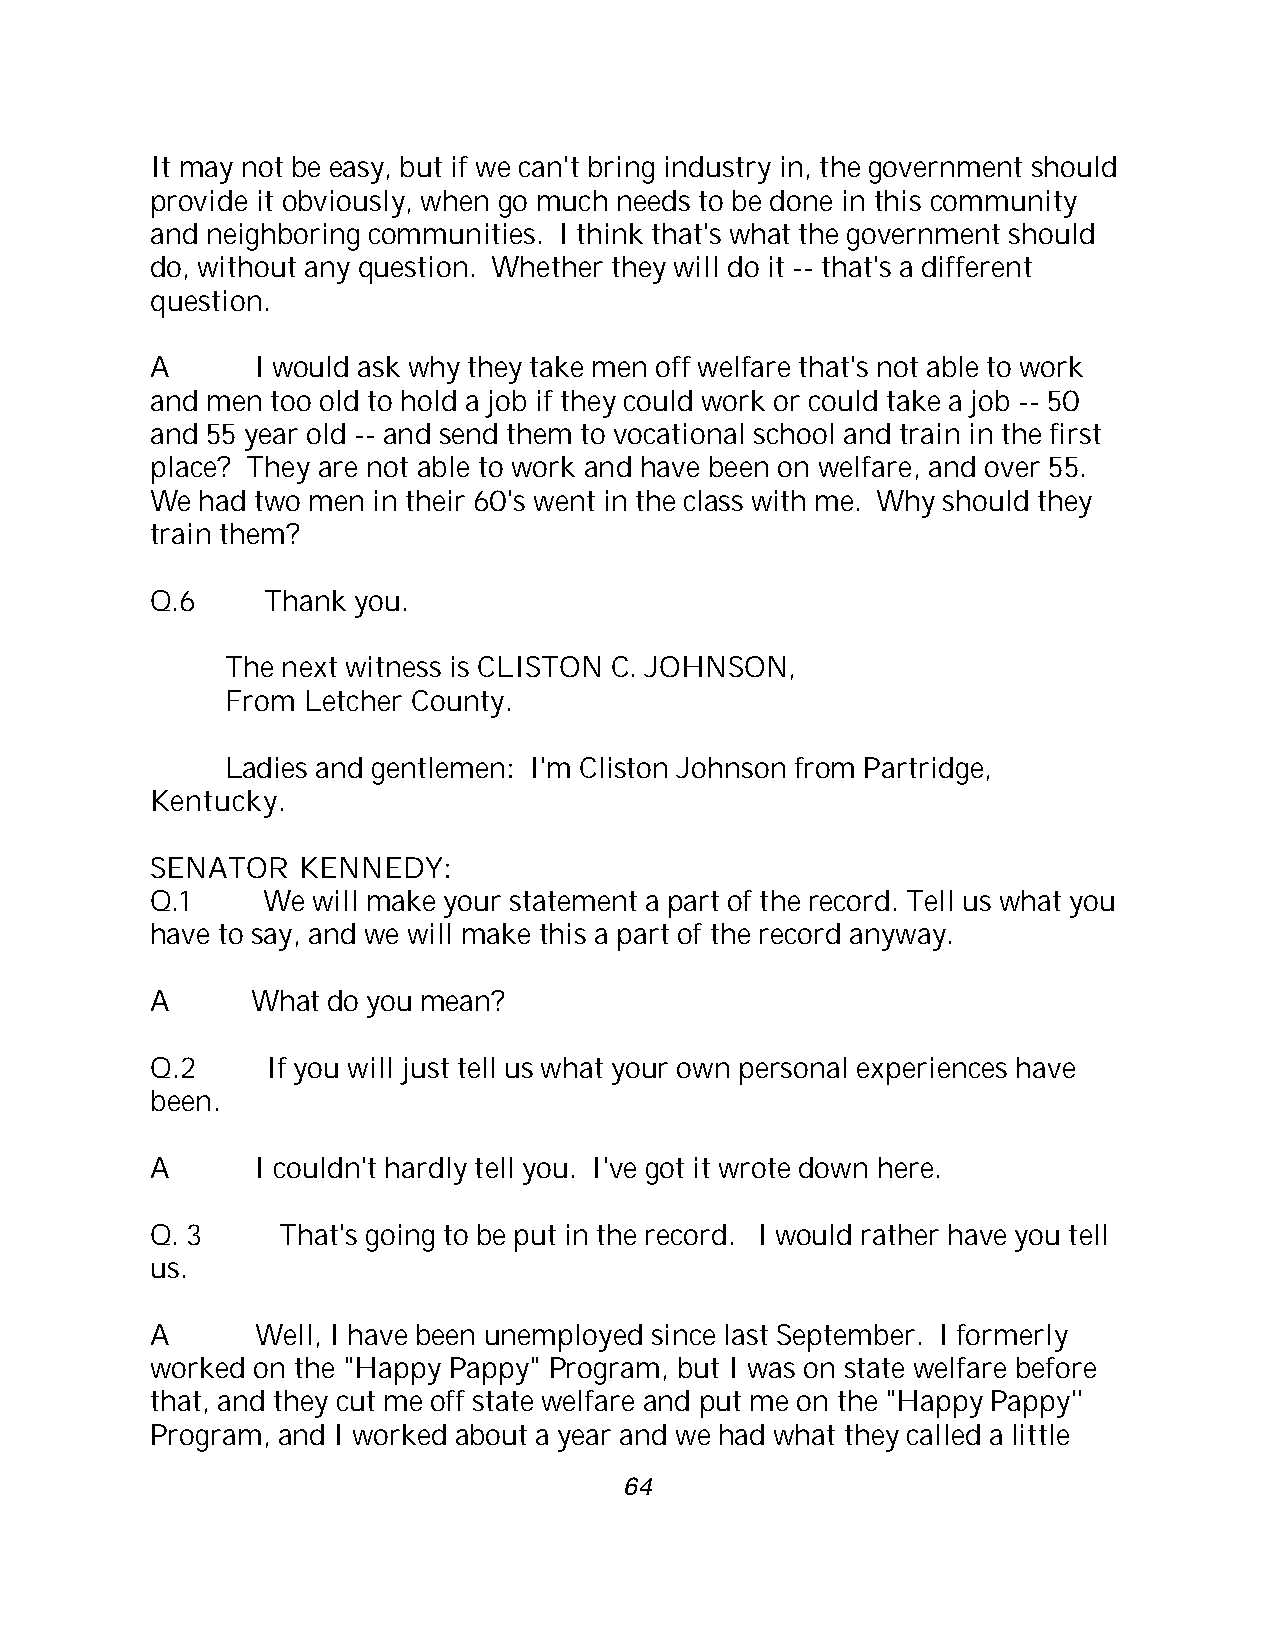
It may not be easy, but if we can't bring industry in, the government should
 provide it obviously, when go much needs to be done in this community
 and neighboring communities. I think that's what the government should
 do, without any question. Whether they will do it -- that's a different
 question.
 A      I would ask why they take men off welfare that's not able to work
 and men too old to hold a job if they could work or could take a job -- 50
 and 55 year old -- and send them to vocational school and train in the first
 place? They are not able to work and have been on welfare, and over 55.
 We had two men in their 60's went in the class with me. Why should they
 train them?
 Q.6     Thank you.
 The next witness is CLISTON C. JOHNSON,
 From Letcher County.
 Ladies and gentlemen: I'm Cliston Johnson from Partridge,
 Kentucky.
 SENATOR   KENNEDY:
 Q.1    We  will make your statement a part of the record. Tell us what you
 have to say, and we will make this a part of the record anyway.
 A      What do you mean?
 Q.2     If you will just tell us what your own personal experiences have
 been.
 A      I couldn't hardly tell you. I've got it wrote down here.
 Q. 3     That's going to be put in the record. I would rather have you tell
 us.
 A      Well, I have been unemployed since last September. I formerly
 worked on the "Happy Pappy" Program, but I was on state welfare before
 that, and they cut me off state welfare and put me on the "Happy Pappy''
 Program, and I worked about a year and we had what they called a little
 64